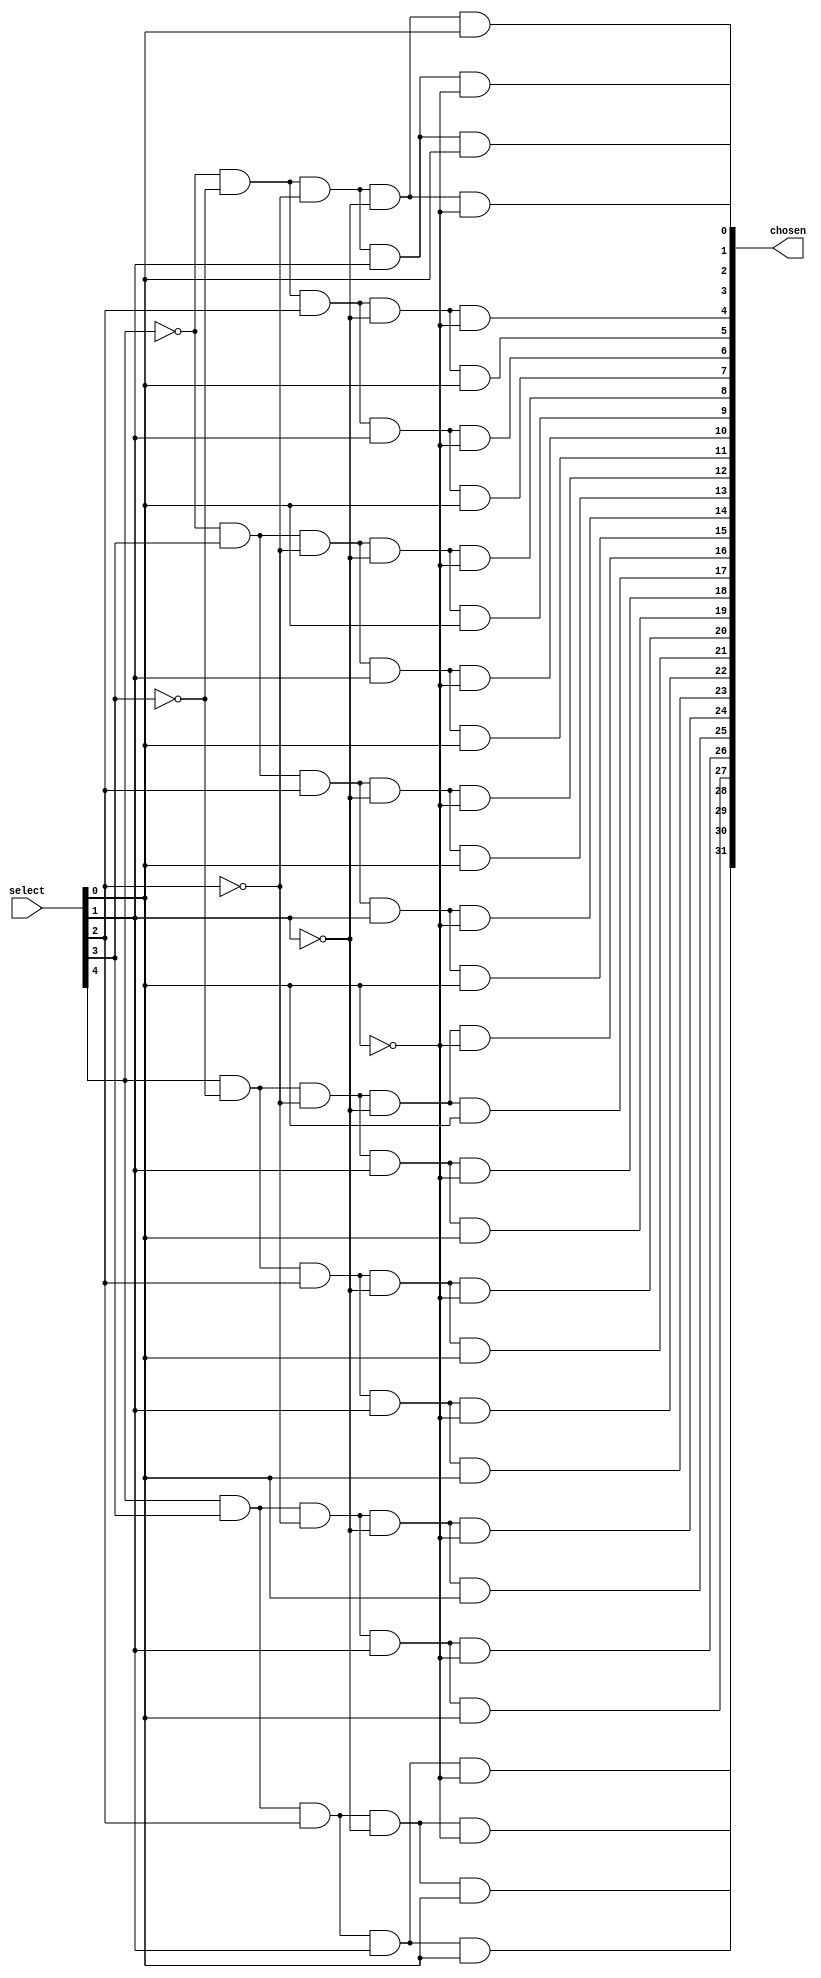
module decoder(select, chosen);
	input [4:0] select;
	output [31:0] chosen;
	
wire nw0,nw1,nw2,nw3,nw4;
	
not _not0(nw0,select[0]);
not _not1(nw1,select[1]);
not _not2(nw2,select[2]);
not _not3(nw3,select[3]);
not _not4(nw4,select[4]);

and _and0(chosen[0],nw4,nw3,nw2,nw1,nw0);
and _and1(chosen[1],nw4,nw3,nw2,nw1,select[0]);
and _and2(chosen[2],nw4,nw3,nw2,select[1],nw0);
and _and3(chosen[3],nw4,nw3,nw2,select[1],select[0]);
and _and4(chosen[4],nw4,nw3,select[2],nw1,nw0);
and _and5(chosen[5],nw4,nw3,select[2],nw1,select[0]);
and _and6(chosen[6],nw4,nw3,select[2],select[1],nw0);
and _and7(chosen[7],nw4,nw3,select[2],select[1],select[0]);
and _and8(chosen[8],nw4,select[3],nw2,nw1,nw0);
and _and9(chosen[9],nw4,select[3],nw2,nw1,select[0]);
and _and10(chosen[10],nw4,select[3],nw2,select[1],nw0);
and _and11(chosen[11],nw4,select[3],nw2,select[1],select[0]);
and _and12(chosen[12],nw4,select[3],select[2],nw1,nw0);
and _and13(chosen[13],nw4,select[3],select[2],nw1,select[0]);
and _and14(chosen[14],nw4,select[3],select[2],select[1],nw0);
and _and15(chosen[15],nw4,select[3],select[2],select[1],select[0]);
and _and16(chosen[16],select[4],nw3,nw2,nw1,nw0);
and _and17(chosen[17],select[4],nw3,nw2,nw1,select[0]);
and _and18(chosen[18],select[4],nw3,nw2,select[1],nw0);
and _and19(chosen[19],select[4],nw3,nw2,select[1],select[0]);
and _and20(chosen[20],select[4],nw3,select[2],nw1,nw0);
and _and21(chosen[21],select[4],nw3,select[2],nw1,select[0]);
and _and22(chosen[22],select[4],nw3,select[2],select[1],nw0);
and _and23(chosen[23],select[4],nw3,select[2],select[1],select[0]);
and _and24(chosen[24],select[4],select[3],nw2,nw1,nw0);
and _and25(chosen[25],select[4],select[3],nw2,nw1,select[0]);
and _and26(chosen[26],select[4],select[3],nw2,select[1],nw0);
and _and27(chosen[27],select[4],select[3],nw2,select[1],select[0]);
and _and28(chosen[28],select[4],select[3],select[2],nw1,nw0);
and _and29(chosen[29],select[4],select[3],select[2],nw1,select[0]);
and _and30(chosen[30],select[4],select[3],select[2],select[1],nw0);
and _and31(chosen[31],select[4],select[3],select[2],select[1],select[0]);
	

endmodule